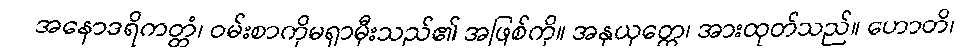
အနောဒရိကတ္တံ၊ ဝမ်းစာကိုမရှာမှီးသည်၏ အဖြစ်ကို။ အနုယုတ္တေ၊ အားထုတ်သည်။ ဟောတိ၊